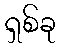
ရှစ်ခု